Reports on dispensaries and lunatic asylums in the Province of Oudh - 1869-1876
Year: 1869
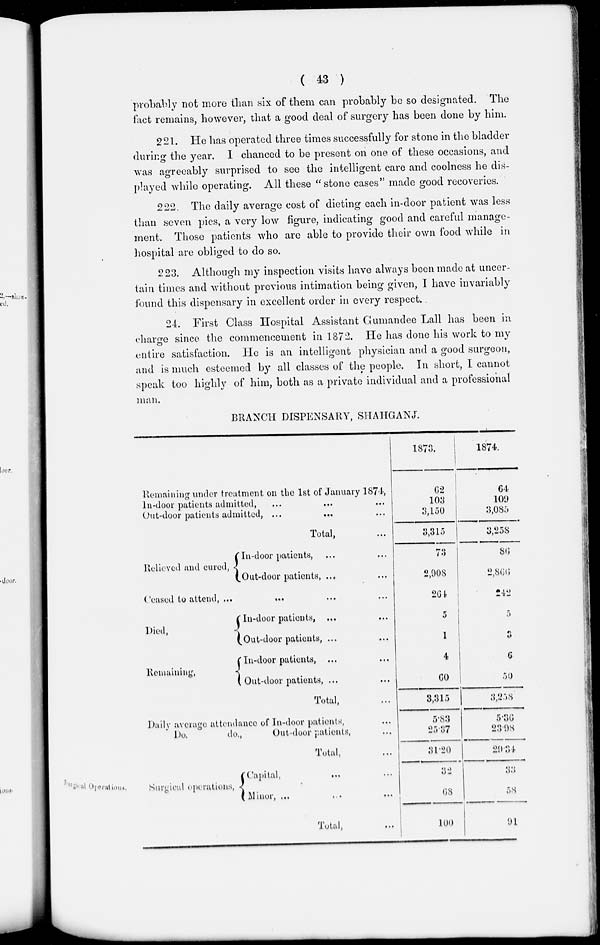
( 43 )
probably not more than six of them can probably be so designated. The
fact remains, however, that a good deal of surgery has been done by him.
221. He has operated three times successfully for stone in the bladder
during the year. I chanced to be present on one of these occasions, and
was agreeably surprised to see the intelligent care and coolness he dis-
played while operating. All these " stone cases" made good recoveries.
222. The daily average cost of dieting each in-door patient was less
than seven pies, a very low figure, indicating good and careful manage-
ment. Those patients who are able to provide their own food while in
hospital are obliged to do so.
223. Although my inspection visits have always been made at uncer-
tain times and without previous intimation being given, I have invariably
found this dispensary in excellent order in every respect.
24. First Class Hospital Assistant Gumandee Lall has been in
charge since the commencement in 1872. He has done his work to my
entire satisfaction. He is an intelligent physician and a good surgeon,
and is much esteemed by all classes of the people. In short, I cannot
speak too highly of him, both as a private individual and a professional
man.
BRANCH DISPENSARY, SHAHGANJ.
Remaining under treatment on the 1st of January 1874,
In-door patients admitted, ... ... ...
Out-door patients admitted,
...
...
...
Total, ...
Relieved and cured,
In-door patients, ... ...
Out -door patients,
...
...
Ceased to attend, ... ... ... ...
Died,
Remaining,
In-door patients, ... ...
Out-door patients, ... ...
In-door patients, ... ...
( Out-door patients, ... ...
Total,
Daily average attendance of In-door patients, ...
Do.
do.,
Out-door patients, ...
Total, ...
1873.
62
103
3,150
3,315
73
2,908
264
5
1
4
60
3,315
5.83
25.37
31.20
1874.
64
109
3,085
3,258
86
2,866
242
5
3
6
50
3,258
5.36
23.98
29.34
Surgical
operations.
Surgical operations,
Capital, ... ...
Minor, ... ... ...
Total, ...
32
68
100
33
58
91